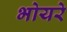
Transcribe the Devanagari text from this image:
भोयरे